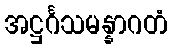
အဋ္ဌင်္ဂသမန္နာဂတံ